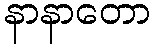
နာနာတော